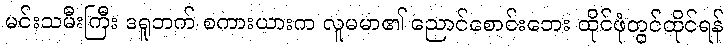
မင်းသမီးကြီး ဒရူဘက် စကားယားက လူမမာ၏ ညောင်စောင်းဘေး ထိုင်ဖုံတွင်ထိုင်ရန်